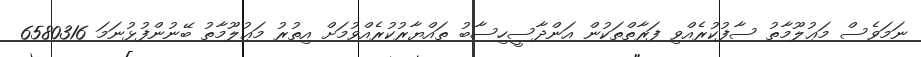
ނަމަވެސް މަޢުލޫމާތު ސާފުކުރެއްވި ފަރާތްތަކުން އަންދާސީހިސާބު ތައްޔާރުކުރެއްވުމަށް އިތުރު މަޢުލޫމާތު ބޭނުންފުޅުނަމަ 6580316